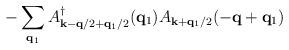
LaTeX: \begin{align*}- \sum_{ {\bf{q}}_{1} } A^{\dagger}_{ {\bf{k}} - {\bf{q}}/2 + {\bf{q}}_{1}/2 }({\bf{q}}_{1})A_{ {\bf{k}} + {\bf{q}}_{1}/2 }(-{\bf{q}} + {\bf{q}}_{1})\end{align*}